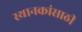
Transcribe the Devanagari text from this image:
स्थानकांसाठी